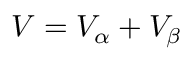
V = V _ { \alpha } + V _ { \beta }